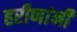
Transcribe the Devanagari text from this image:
हरीणांनी